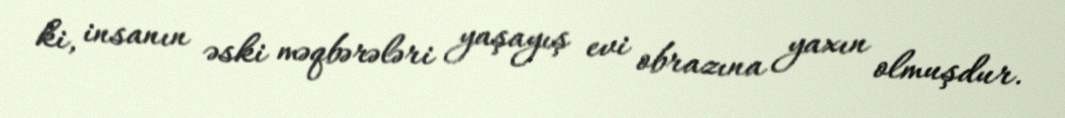
ki, insanın əski məqbərələri yaşayış evi obrazına yaxın olmuşdur.